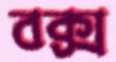
বক্স